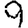
Digit: 9